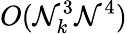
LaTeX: O(\mathcal{N}_{k}^{3}\mathcal{N}^{4})